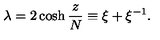
\lambda = 2 \cosh { \frac { z } { N } } \equiv \xi + \xi ^ { - 1 } .